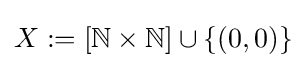
X:=[\mathbb {N} \times \mathbb {N} ]\cup \{(0,0)\}